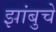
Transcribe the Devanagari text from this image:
झांबुचे